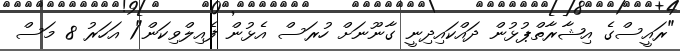
"ރައީސްގެ އިޝާރާތްޕުޅުން ދައްކައިދިނީ ގާނޫނަށް ހުރަސް އެޅުން ފެއިލްވިކަން"1 އަހަރު 8 މަސް